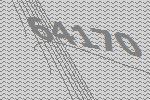
64170